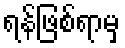
ရန်ဖြစ်ရာမှ